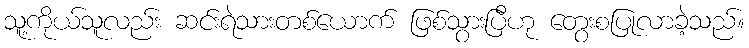
သူ့ကိုယ်သူလည်း ဆင်းရဲသားတစ်ယောက် ဖြစ်သွားပြီဟု တွေးစပြုလာခဲ့သည်။